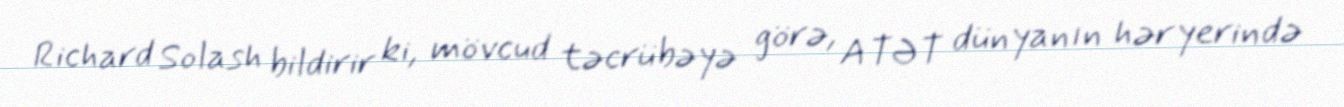
Richard Solash bildirir ki, mövcud təcrübəyə görə, ATƏT dünyanın hər yerində